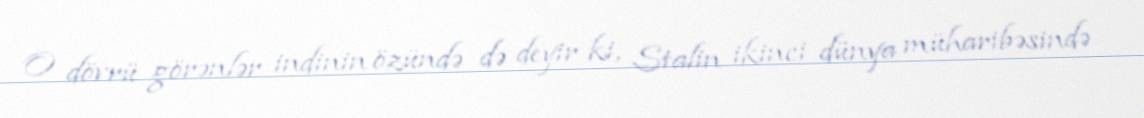
O dövrü görənlər indinin özündə də deyir ki, Stalin ikinci dünya müharibəsində